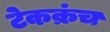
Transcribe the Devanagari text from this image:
टेकक्रंच